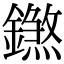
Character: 𨭝